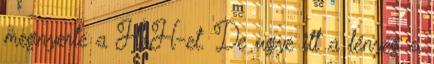
megnyerte a HoH-et. De ugye itt a lényeg a